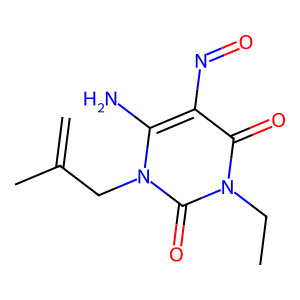
SMILES: C=C(C)Cn1c(N)c(N=O)c(=O)n(CC)c1=O
Inhibits HIV replication: No